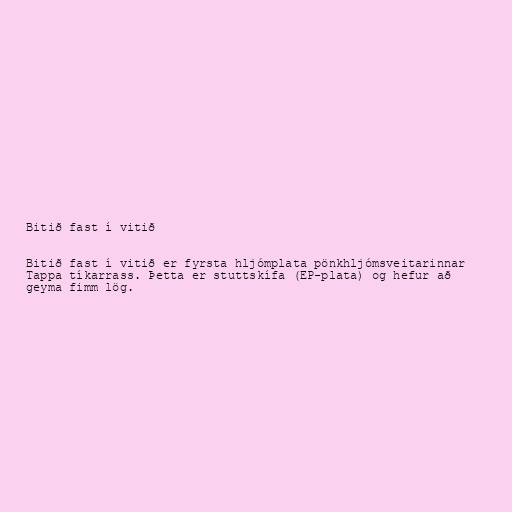
Bitið fast í vitið

Bitið fast í vitið er fyrsta hljómplata pönkhljómsveitarinnar
Tappa tíkarrass. Þetta er stuttskífa (EP-plata) og hefur að
geyma fimm lög.